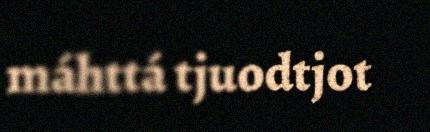
máhttá tjuodtjot